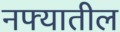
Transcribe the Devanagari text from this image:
नफ्यातील